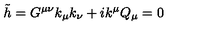
\tilde { h } = G ^ { \mu \nu } k _ { \mu } k _ { \nu } + i k ^ { \mu } Q _ { \mu } = 0